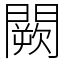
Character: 闕